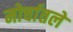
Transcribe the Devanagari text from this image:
मोर्चातले